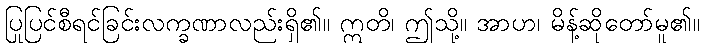
ပြုပြင်စီရင်ခြင်းလက္ခဏာလည်းရှိ၏။ ဣတိ၊ ဤသို့။ အာဟ၊ မိန့်ဆိုတော်မူ၏။